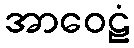
အာဝေဠံ